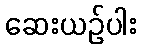
ဆေးယဉ်ပါး